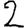
Digit: 2